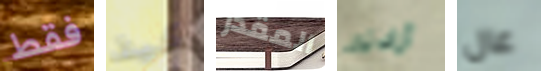
فقط كيف المقدر أرادته عال